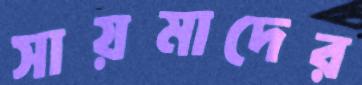
সায়মাদের